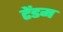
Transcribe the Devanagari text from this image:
टेंडम